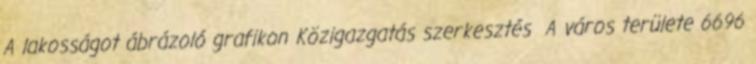
A lakosságot ábrázoló grafikon Közigazgatás szerkesztés A város területe 6696